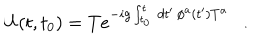
U ( t , t _ { 0 } ) = T e ^ { - i g \int _ { t _ { 0 } } ^ { t } \, d t ^ { \prime } \, \phi ^ { a } ( t ^ { \prime } ) T ^ { a } } \ \ \ .